Rangoon Lunatic Asylum 1878-1892 - 1878-1892
Year: 1878
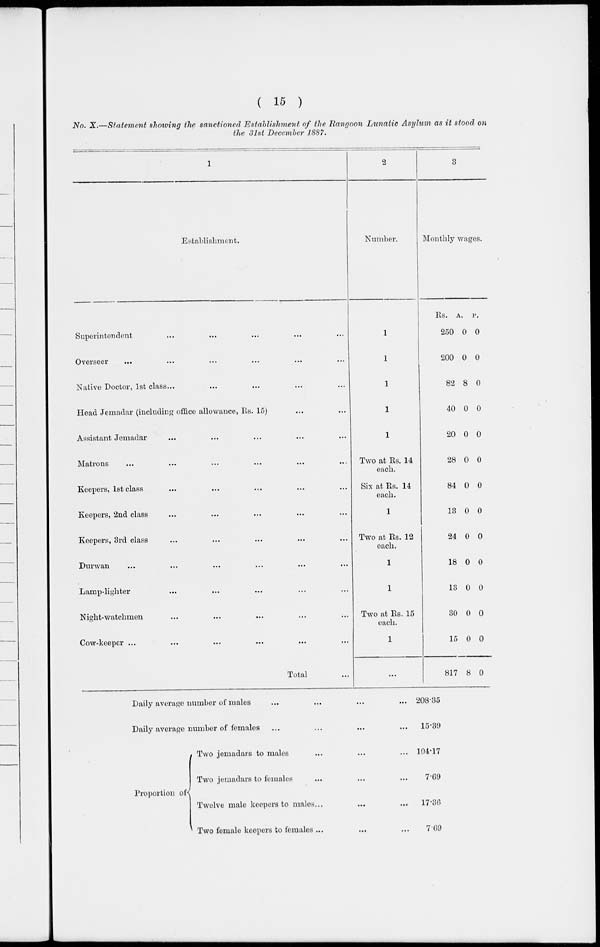
( 15 )
No. X.—Statement showing the sanctioned Establishment of the Rangoon Lunatic Asylum as it stood on
the 31st December 1887.
1
Establishment.
Superintendent ... ... ... ... ...
Overseer ... ... ... ... ... ...
Native Doctor, 1st class... ... ... ...
Head Jemadar (including office allowance, Rs. 15) ... ...
Assistant Jemadar ... ... ... ...
Matrons ... ... ... ... ... ...
Keepers, 1st class ... ... ... ...
Keepers, 2nd class ... ... ... ...
Keepers, 3rd class ... ... ... ...
Durwan ... ... ... ... ...
Lamp-lighter ... ... ... ... ...
Night-watchmen ... ... ... ... ...
Cow-keeper ... ... ... ... ... ...
Total ...
2
Number.
1
1
1
1
1
Two at Rs. 14
each.
Six at Rs. 14
each.
1
Two at Rs. 12
each.
1
1
Two at Rs. 15
each.
1
...
Daily average number of males ... ... ...
Daily average number of females ... ... ...
Proportion of
Two jemadars to males ... ... ...
Two jemadars to females ... ... ...
Twelve male keepers to males... ... ... ...
Two female keepers to females ... ... ...
3
Monthly wages.
Rs.
250
200
82
40
20
28
84
13
24
18
13
30
15
817
A.
0
0
8
0
0
0
0
0
0
0
0
0
0
8
P.
0
0
0
0
0
0
0
0
0
0
0
0
0
0
208.35
15.39
104.17
7.69
17.36
7.69